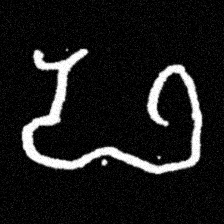
Pyu character \u2014 Myanmar letter: ဖ (romanized: pha)